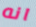
انه